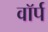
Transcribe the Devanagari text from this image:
वॉर्प